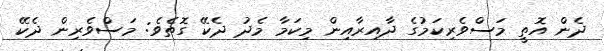
ދެން އޮތީ މަސްވެރިކަމުގެ ދާއިރާއިން މިކަމާ މެދު ދެކޭ ގޮތެވެ: މަސްވެރިން ދެކޭ